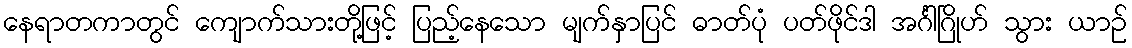
နေရာတကာတွင် ကျောက်သားတို့ဖြင့် ပြည့်နေသော မျက်နှာပြင် ဓာတ်ပုံ ပတ်ဖိုင်ဒါ အင်္ဂါဂြိုဟ် သွား ယာဉ်